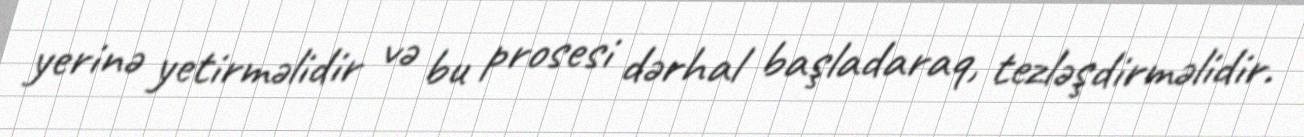
yerinə yetirməlidir və bu prosesi dərhal başladaraq, tezləşdirməlidir.